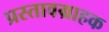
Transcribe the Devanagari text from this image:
प्रस्तावग्राहक